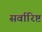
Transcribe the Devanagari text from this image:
सर्वारिष्ट